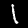
Label: 1